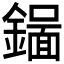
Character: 𬬉